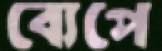
ব্যেপে